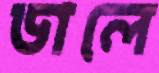
ডালে